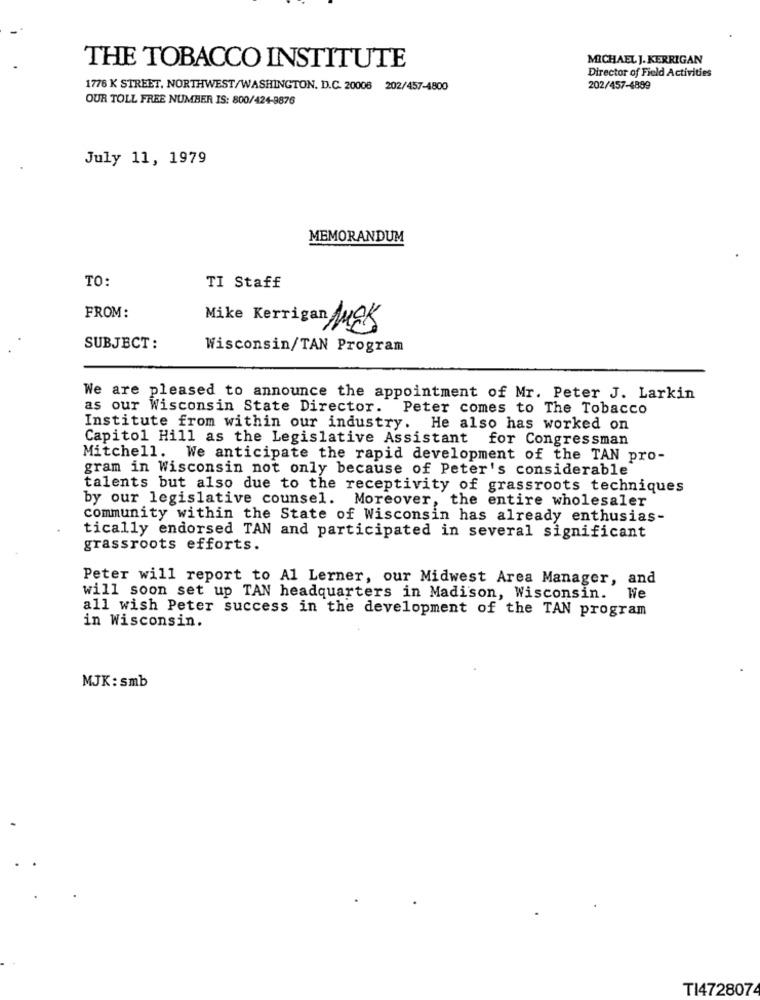
THE TOBACCO INSTITUTE
MICHAEL J. KERRIGAN
Director of Field Activities
1776 K STREET, NORTHWEST/WASHINGTON. D.C. 20008 202/457-4800
202/457-4899
OUR TOLL FREE NUMBER IS: 800/424-9876
July 11, 1979
MEMORANDUM
TO:
TI Staff
FROM:
Mike Kerrigan MEK
SUBJECT:
Wisconsin/TAN Program
We are pleased to announce the appointment of Mr. Peter J. Larkin
as our Wisconsin State Director. Peter comes to The Tobacco
Institute from within our industry. He also has worked on
Capitol Hill as the Legislative Assistant for Congressman
Mitchell. We anticipate the rapid development of the TAN pro-
gram in Wisconsin not only because of Peter's considerable
talents but also due to the receptivity of grassroots techniques
by our legislative counsel. Moreover, the entire wholesaler
community within the State of Wisconsin has already enthusias-
tically endorsed TAN and participated in several significant
grassroots efforts.
Peter will report to Al Lerner, our Midwest Area Manager, and
will soon set up TAN headquarters in Madison, Wisconsin. We
all wish Peter success in the development of the TAN program
in Wisconsin.
MJK: smb
TI4728074